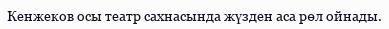
Кенжеков осы театр сахнасында жүзден аса рөл ойнады.